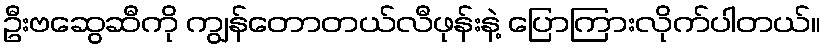
ဦးဗဆွေဆီကို ကျွန်တောတယ်လီဖုန်းနဲ့ ပြောကြားလိုက်ပါတယ်။